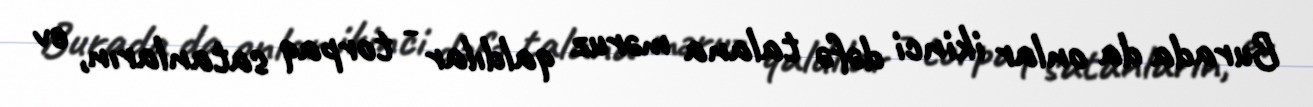
Burada da onlar ikinci dəfə talana məruz qaldılar - torpaq satanların, ev